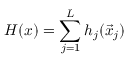
H ( x ) = \sum _ { j = 1 } ^ { L } h _ { j } ( \vec { x } _ { j } )